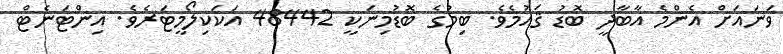
ވަނައަށް އެންމެ އާބާދީ ބޮޑު ޤައުމެވެ. ބިމުގެ ބޮޑުމިނަކީ 48442 އަކަކިލޯމީޓަރެވެ. އިންޓަނެޓް